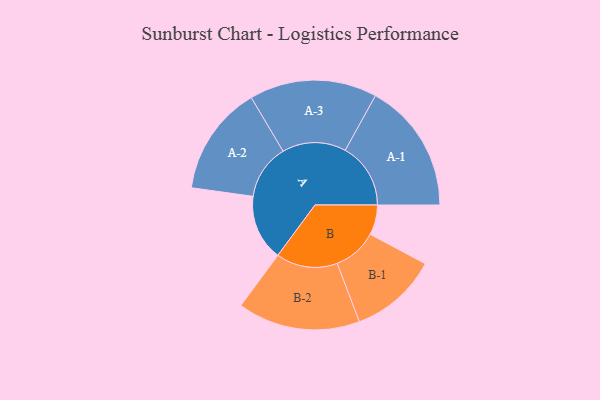
{"axis": {"x": "Segment", "y": "Value"}, "legend": ["", "A", "B"], "data": [{"x": "A", "y": 290, "type": ""}, {"x": "B", "y": 132, "type": ""}, {"x": "A-1", "y": 288, "type": "A"}, {"x": "A-2", "y": 242, "type": "A"}, {"x": "A-3", "y": 281, "type": "A"}, {"x": "B-1", "y": 194, "type": "B"}, {"x": "B-2", "y": 270, "type": "B"}]}